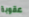
عقوبة